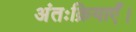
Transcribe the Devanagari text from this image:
अंतःक्रियाएँ।